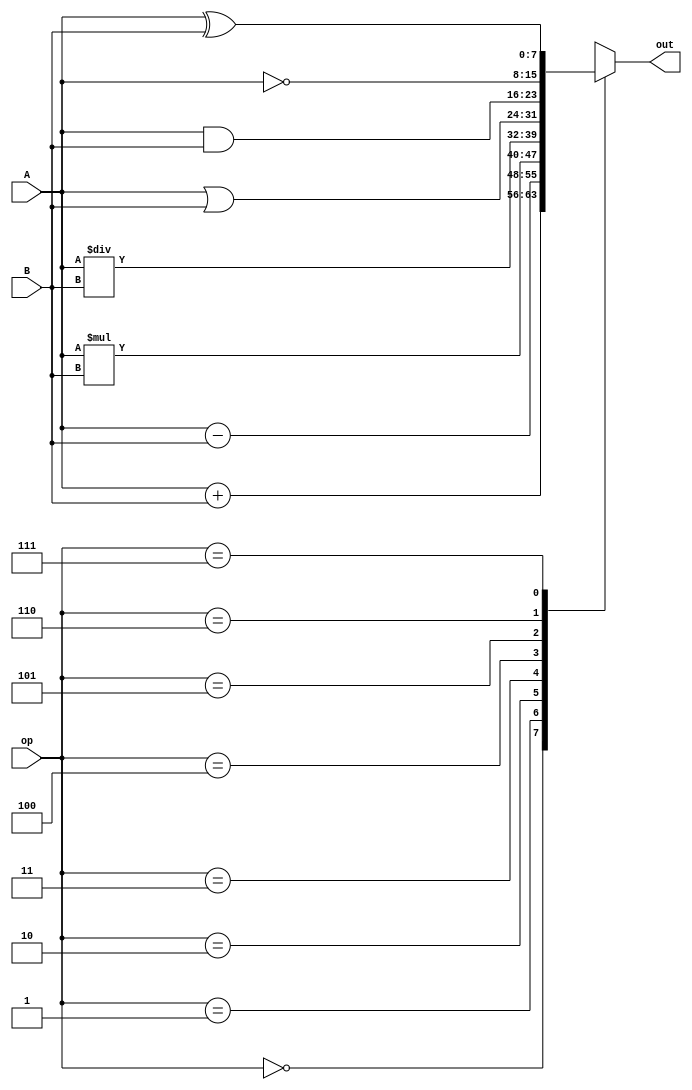

module alu(A,B,out,op);
  input [7:0] A,B;
  input [2:0] op;
  output reg [7:0] out;
  always @(*)
    begin
      case(op)
        3'd0:out=A+B;
        3'd1:out=A-B;
        3'd2:out=A*B;
        3'd3:out=A/B;
        3'd4:out=A|B;
        3'd5:out=A&B;
        3'd6:out=~A;
        3'd7:out=A^B;
        default:out=0;
      endcase
    end
endmodule